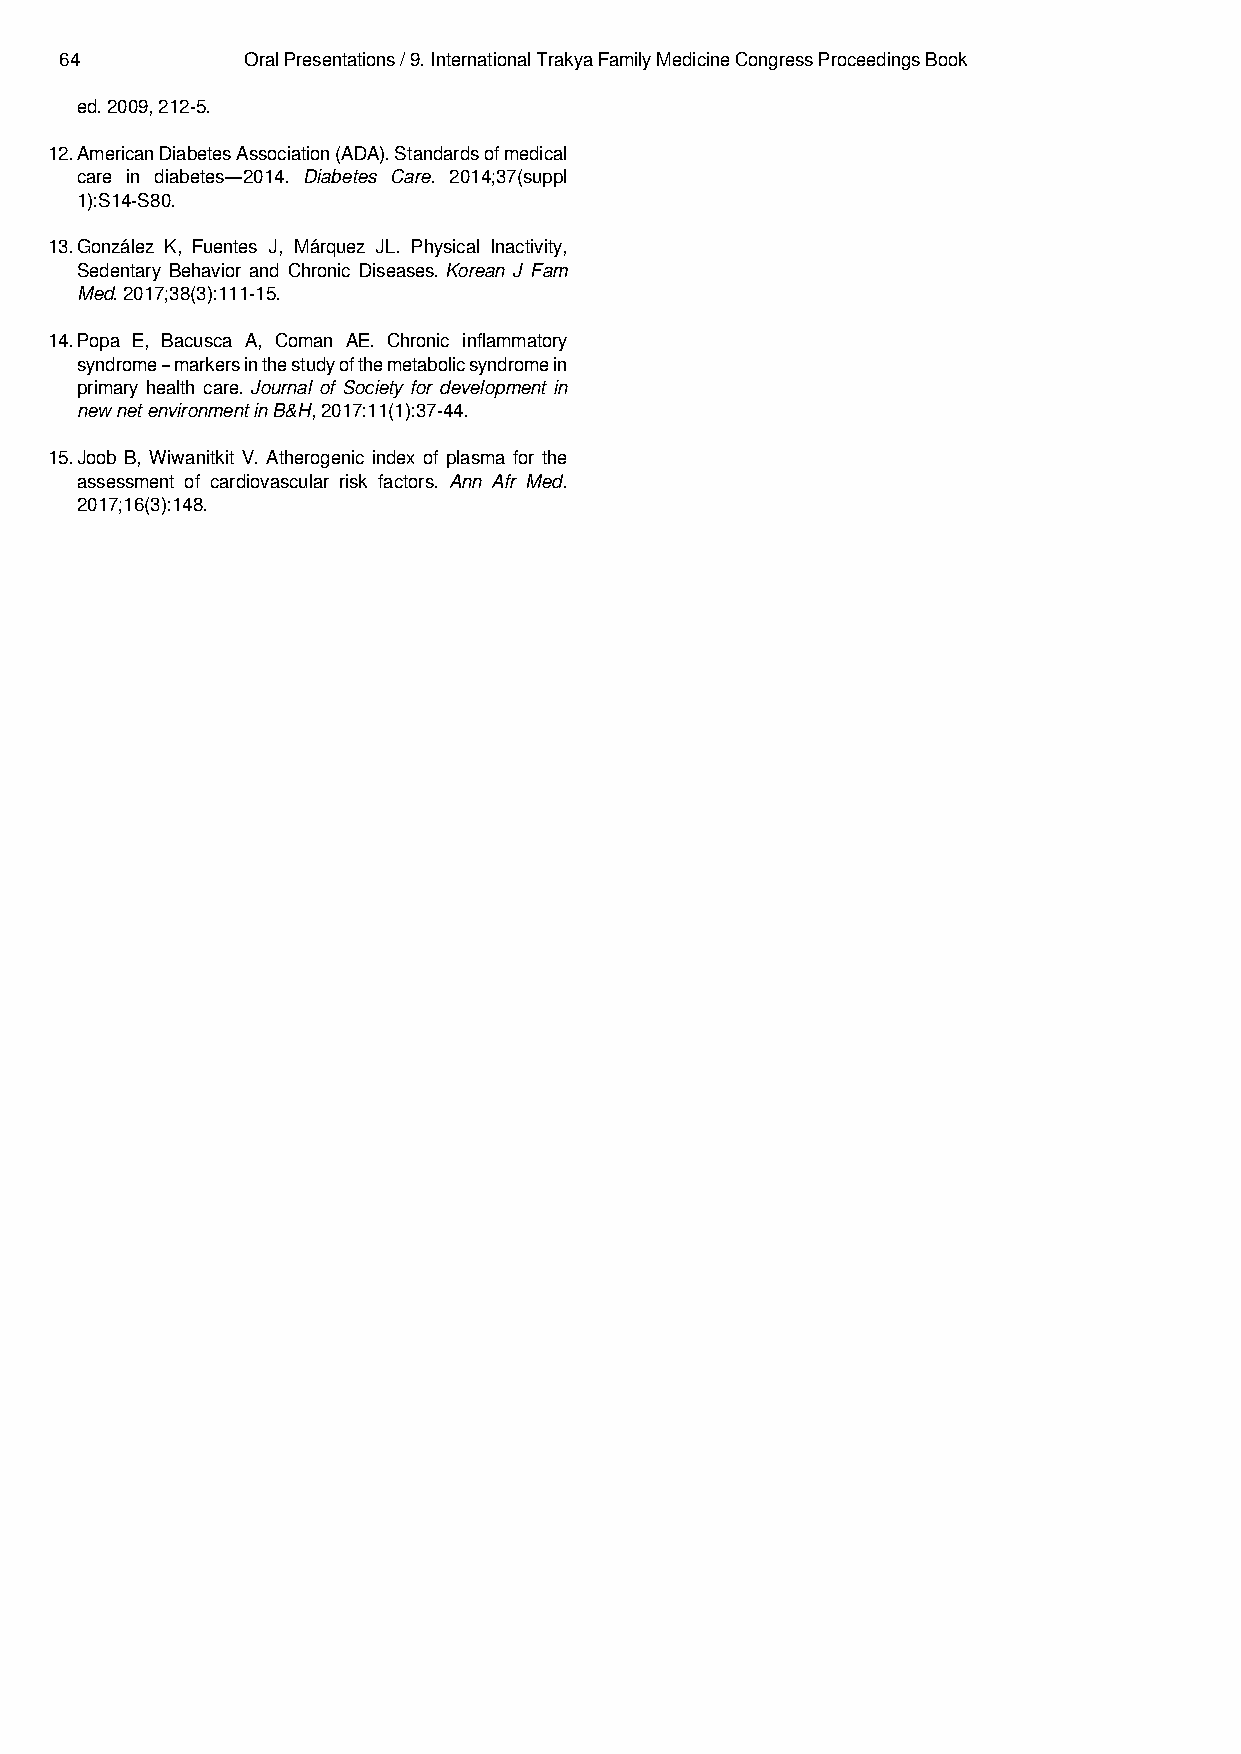
64          Oral Presentations / 9. International Trakya Family Medicine Congress Proceedings Book
 ed. 2009, 212-5.
 12.AmericanDiabetesAssociation(ADA).Standardsofmedical
 care in diabetes—2014. Diabetes Care. 2014;37(suppl
 1):S14-S80.
 13.González K, Fuentes J, Márquez JL. Physical Inactivity,
 Sedentary Behavior and Chronic Diseases.Korean J Fam
 Med. 2017;38(3):111-15.
 14.Popa E, Bacusca A, Coman AE. Chronic inflammatory
 syndrome–markersinthestudyofthemetabolicsyndromein
 primary health care.Journal of Society for development in
 new net environment in B&H, 2017:11(1):37-44.
 15.Joob B, Wiwanitkit V. Atherogenic index of plasma for the
 assessment of cardiovascular risk factors. Ann Afr Med.
 2017;16(3):148.